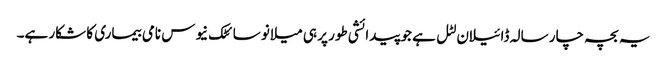
یہ بچہ چار سالہ ڈائیلان لٹل ہے جو پیدائشی طور پر ہی میلانو سائٹک نیوس نامی بیماری کا شکار ہے۔